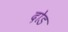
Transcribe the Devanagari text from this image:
दोड